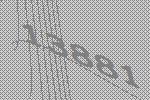
13881